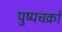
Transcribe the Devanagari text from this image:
पुष्पचक्रों